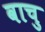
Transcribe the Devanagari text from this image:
वाचु